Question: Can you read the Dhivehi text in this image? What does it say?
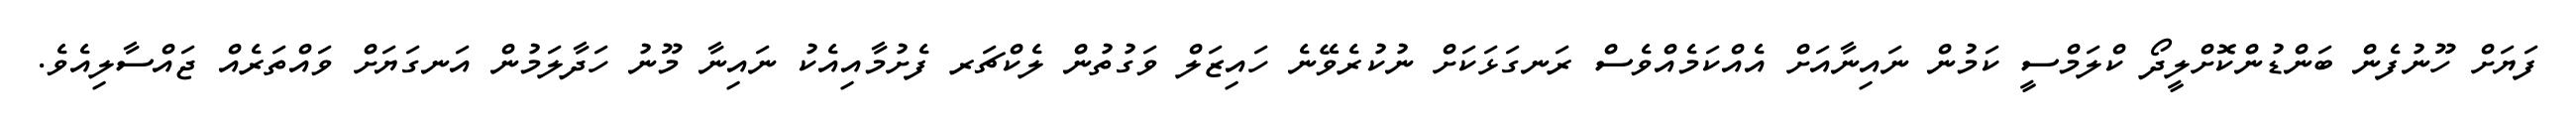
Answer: ފަޔަށް ހޫނުފެން ބަންޑުންކޮށްލީދޯ ކްލަމްސީ ކަމުން ނައިނާއަށް އެއްކަމެއްވެސް ރަނގަޅަކަށް ނުކުރެވޭނެ ހައިޒަލް ވަގުތުން ލެކްޗަރ ފެށުމާއިއެކު ނައިނާ މޫނު ހަދާލަމުން އަނގަޔަށް ވައްތަރެއް ޖައްސާލިއެވެ.